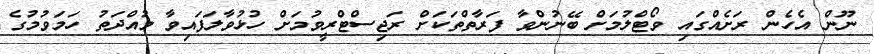
ނޫން އެހެން ރަށެއްގައި ވޯޓްލުމަށް ބޭނުންވާ ފަރާތްތަކަށް ރަޖިސްޓްރީވުމަށް ހުޅުވާލަފައިވާ މުއްދަތު ހަމަވުމުގެ